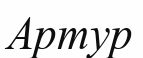
Артур